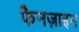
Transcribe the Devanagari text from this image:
फैनज़ाइन